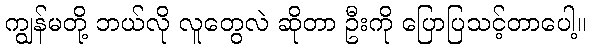
ကျွန်မတို့ ဘယ်လို လူတွေလဲ ဆိုတာ ဦးကို ပြောပြသင့်တာပေါ့။